Indian journal of veterinary science and animal husbandry - Volumes 24-25, 1954-1955
Year: 1954
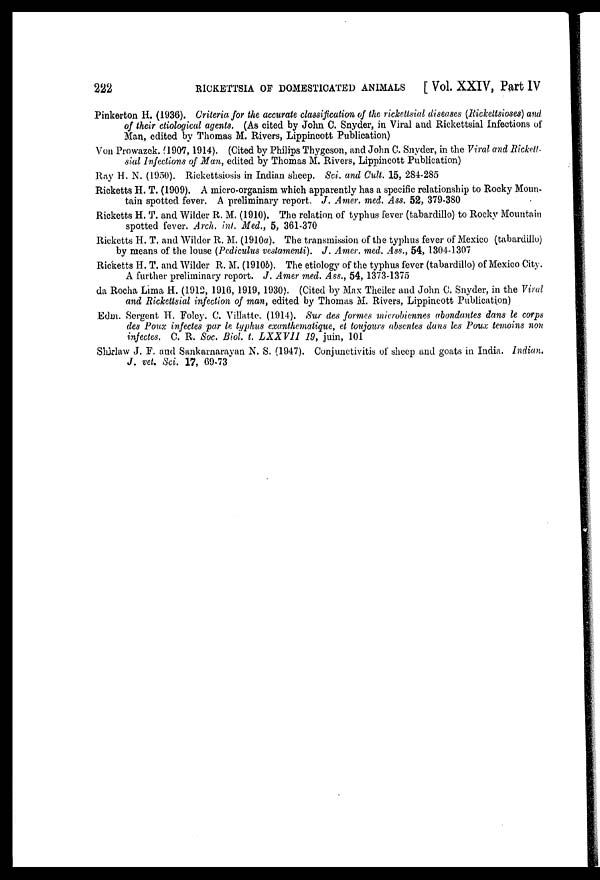
222
RICKETTSIA OF DOMESTICATED ANIMALS
[ Vol. XXIV, Part IV
Pinkerton H. (1936). Criteria for the accurate classification of the rickettsial diseases (Rickettsioses) and
of their etiological agents. (As cited by John C. Snyder, in Viral and Rickettsial Infections of
Man, edited by Thomas M. Rivers, Lippincott Publication)
Von Prowazek. (1907, 1914). (Cited by Philips Thygeson, and John C. Snyder, in the Viral and Rickett-
sial Infections of Man, edited by Thomas M. Rivers, Lippincott Publication)
Ray H. N. (1950). Rickettsiosis in Indian sheep. Sci. and Cult. 15, 284-285
Ricketts H. T. (1909). A micro-organism which apparently has a specific relationship to Rocky Moun-
tain spotted fever. A preliminary report. J. Amer. med. Ass. 52, 379-380
Ricketts H. T. and Wilder R. M. (1910). The relation of typhus fever (tabardillo) to Rocky Mountain
spotted fever. Arch. int. Med., 5, 361-370
Ricketts H. T. and Wilder R. M. (1910a). The transmission of the typhus fever of Mexico (tabardillo)
by means of the louse (Pediculus vestamenti). J. Amer. med. Ass., 54, 1304-1307
Ricketts H. T. and Wilder R. M. (1910b). The etiology of the typhus fever (tabardillo) of Mexico City.
A further preliminary report. J. Amer med. Ass., 54, 1373-1375
da Rocha Lima H. (1912, 1916, 1919, 1930). (Cited by Max Theiler and John C. Snyder, in the Viral
and Rickettsial infection of man, edited by Thomas M. Rivers, Lippincott Publication)
Edm. Sergent H. Foley. C. Villatte. (1914). Sur des formes microbiennes abondantes dans le corps
des Poux infectes par le typhus exanthematique, et toujours absentes dans les Poux temoins non
infectes. C. R. Soc. Biol. t. LXXVII 19, juin, 101
Shirlaw J. F. and Sankarnarayan N. S. (1947). Conjunctivitis of sheep and goats in India. Indian.
J. vet. Sci. 17, 69-73